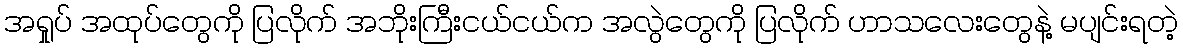
အရှုပ် အထုပ်တွေကို ပြလိုက် အဘိုးကြီးငယ်ငယ်က အလွဲတွေကို ပြလိုက် ဟာသလေးတွေနဲ့ မပျင်းရတဲ့